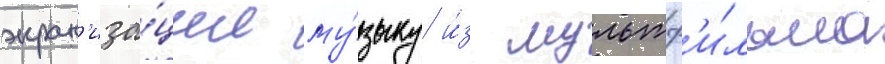
экран'иза́ции му́зыку и́з мультф'и́льма